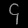
Digit: ၄